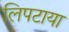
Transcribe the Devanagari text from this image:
लिपटाया